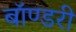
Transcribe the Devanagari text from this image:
बॉण्डरी